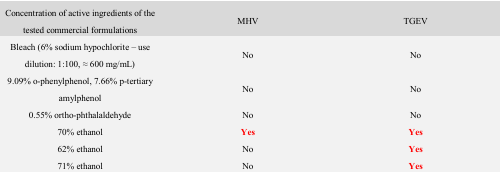
<table><thead><tr><td><b>Concentration of active ingredients of the tested commercial formulations</b></td><td><b>MHV</b></td><td><b>TGEV</b></td></tr></thead><tbody><tr><td>Bleach (6% sodium hypochlorite – use dilution: 1:100, ≈ 600 mg/mL)</td><td>No</td><td>No</td></tr><tr><td>9.09% o-phenylphenol, 7.66% p-tertiary amylphenol</td><td>No</td><td>No</td></tr><tr><td>0.55% ortho-phthalaldehyde</td><td>No</td><td>No</td></tr><tr><td>70% ethanol</td><td><b>Yes</b></td><td><b>Yes</b></td></tr><tr><td>62% ethanol</td><td>No</td><td><b>Yes</b></td></tr><tr><td>71% ethanol</td><td>No</td><td><b>Yes</b></td></tr></tbody></table>